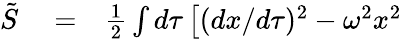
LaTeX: \begin{array}{rlr}{\tilde{S}}&{{}=}&{{\frac{1}{2}}\int d\tau\left[(dx/d\tau)^{2}-\omega^{2}x^{2}\right.}\end{array}